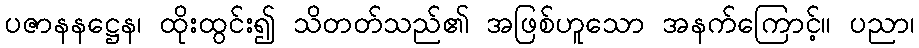
ပဇာနနဋ္ဌေန၊ ထိုးထွင်း၍ သိတတ်သည်၏ အဖြစ်ဟူသော အနက်ကြောင့်။ ပညာ၊